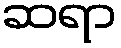
ဆရာ